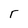
Character: r